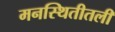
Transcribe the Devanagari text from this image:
मनस्थितीतली